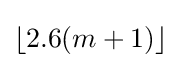
\lfloor 2.6(m+1)\rfloor